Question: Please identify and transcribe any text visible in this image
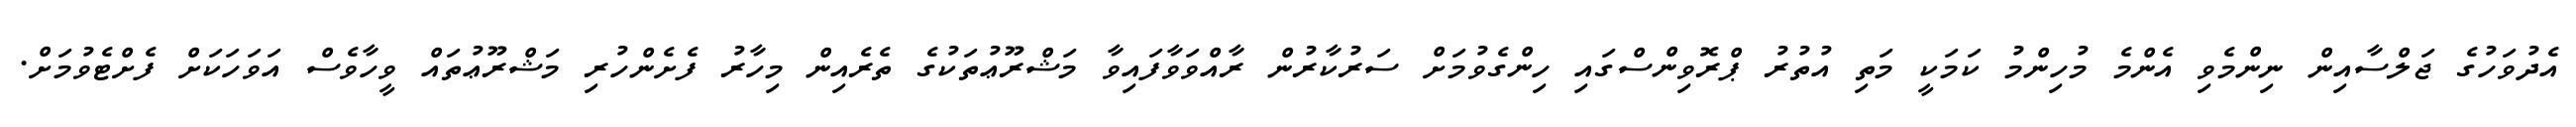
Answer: އެދުވަހުގެ ޖަލްސާއިން ނިންމެވި އެންމެ މުހިންމު ކަމަކީ މަތި އުތުރު ޕްރޮވިންސްގައި ހިންގެވުމަށް ސަރުކާރުން ރާއްވަވާފައިވާ މަޝްރޫޢުތަކުގެ ތެރެއިން މިހާރު ފެށެންހުރި މަޝްރޫޢުތައް ވީހާވެސް އަވަހަކަށް ފެށްޓެވުމަށް.